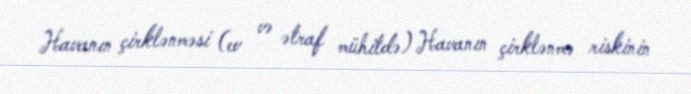
Havanın çirklənməsi (ev və ətraf mühitdə) Havanın çirklənmə riskinin